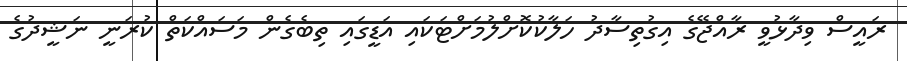
ރައީސް ވިދާޅުވީ ރާއްޖޭގެ އިގުތިސާދު ހަލާކުކޮށްލުމަށްޓަކައި އަޑީގައި ތިބެގެން މަސައްކަތް ކުރަނީ ނަޝީދުގެ